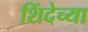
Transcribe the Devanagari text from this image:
शिंदेच्या